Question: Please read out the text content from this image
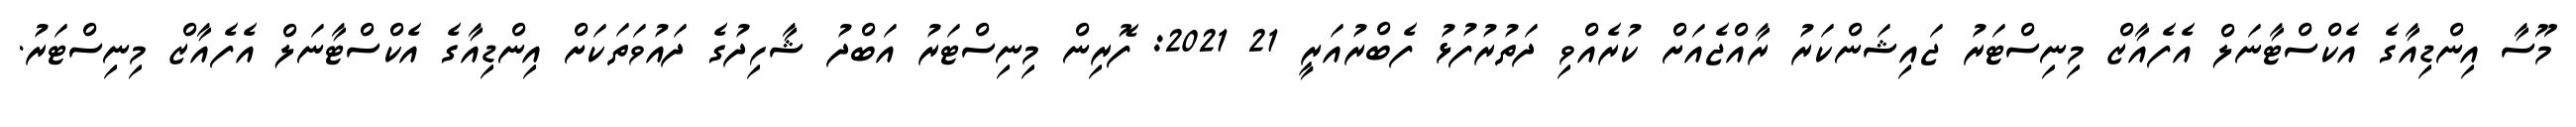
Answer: މޫސާ އިންޑިއާގެ އެކްސްޓާނަލް އެފެއާޒް މިނިސްޓަރު ޖައިޝަންކަރު ރާއްޖެއަށް ކުރެއްވި ދަތުރުފުޅު ފެބްރުއަރީ 21 2021: ފޮރިން މިނިސްޓަރު އަބްދު ޝާހިދުގެ ދައުވަތަކަށް އިންޑިއާގެ އެކްސްޓާނަލް އެފެއާޒް މިނިސްޓަރު.